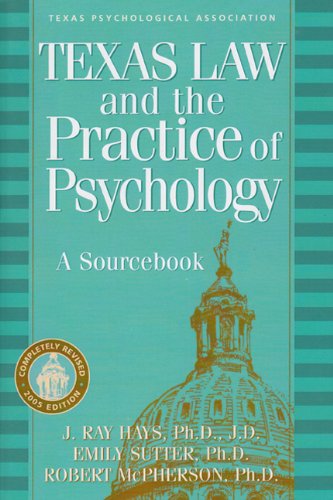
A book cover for Texas Law and the Practice of Psychology: A Sourcebook; Hays; Law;